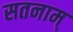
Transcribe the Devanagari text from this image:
सतनाम्